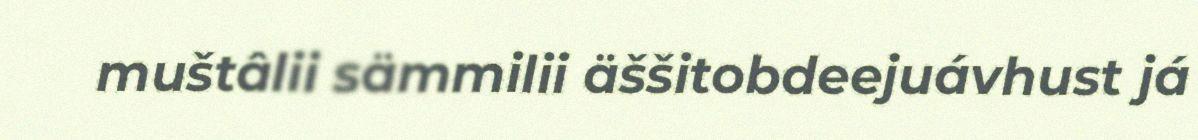
muštâlii sämmilii äššitobdeejuávhust já